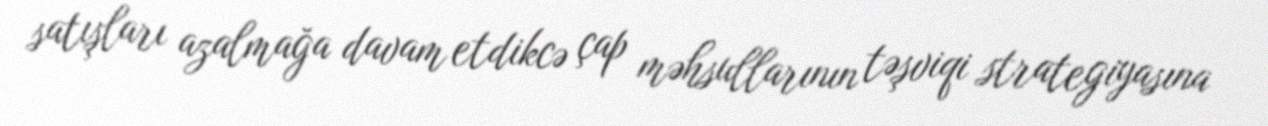
satışları azalmağa davam etdikcə çap məhsullarının təşviqi strategiyasına